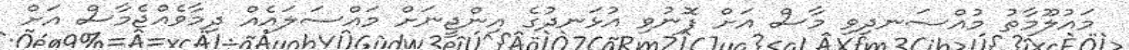
މައުލޫމާތު މުއްސަނދިވި މާސް އަށް ފޮނުވި އުޅަނދުގެ އިންޖީނަށް މައްސަލައެއް ދިމާވެއްޖެމާސް އަށް